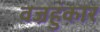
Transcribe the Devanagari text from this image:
वज्रहुंकार